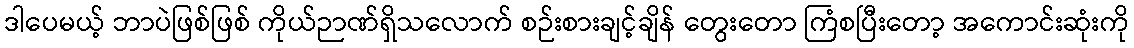
ဒါပေမယ့် ဘာပဲဖြစ်ဖြစ် ကိုယ်ဉာဏ်ရှိသလောက် စဉ်းစားချင့်ချိန် တွေးတော ကြံစပြီးတော့ အကောင်းဆုံးကို